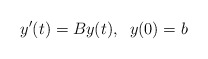
\begin{align*} y'(t)=B y(t),\;\; y(0)=b \end{align*}